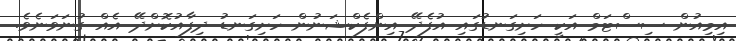
އިމިއުން ސިސްޓަމް އަކީ ހަށިގަނޑުގައި އުފެދޭ އިންފެކްޝަނުން ހަށިގަނޑު ދިފާއުކޮށްދޭ އެއް ގުނަވަނެވެ.